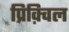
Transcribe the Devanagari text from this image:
प्रिक़्विल